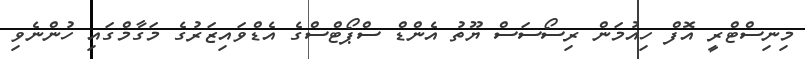
މިނިސްޓްރީ އޮފް ހިއުމަން ރިސޯސަސް ޔޫތު އެންޑް ސްޕޯޓްސްގެ އެޑްވައިޒަރުގެ މަގާމްގައި ހުންނެވި